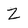
Character: Z